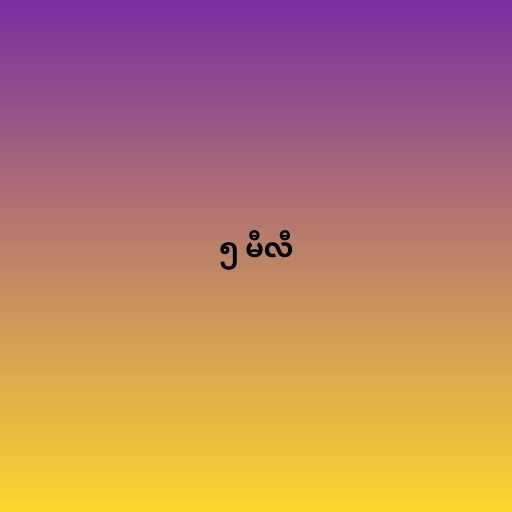
၅ မီလီ